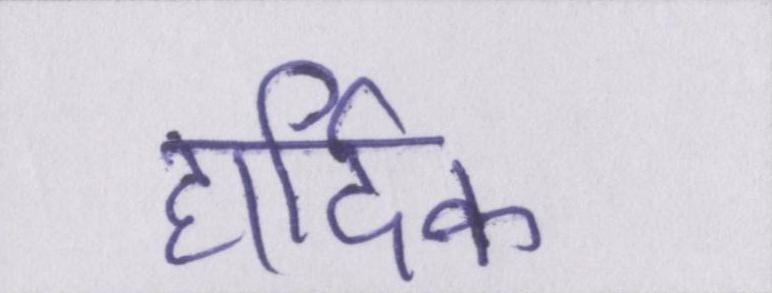
हार्दिक